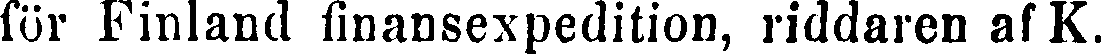
för Finland finansexpedition, riddaren af K.